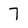
Character: 7